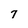
Character: 7